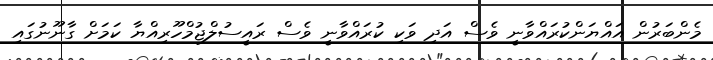
މެންބަރުން އައްޔަންކުރައްވާނީ ވެސް އަދި ވަކި ކުރައްވާނީ ވެސް ރައީސުލްޖުމްހޫރިއްޔާ ކަމަށް ގާނޫނުގައި